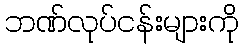
ဘဏ်လုပ်ငန်းများကို